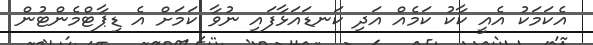
އެކަމަކު އެއީ ކާކު ކަމެއް އަދި ކަނޑައަޅާފައި ނުވާ ކަމަށް އެ ޑިޕާޓްމެންޓުން